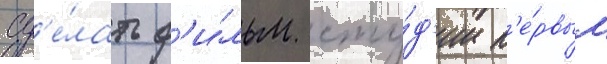
сд'е́лать ф'и́льм сту́д'ии п'е́рвым